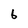
Character: 6